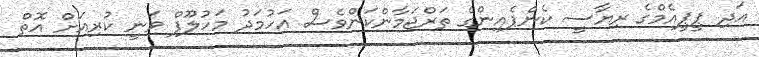
އަދި ޕީޕީއެމްގެ ރިޔާސީ ކެންޕެއިންގެ ތަރްޖަމާންކަންވެސް އަހުމަދު މަހުލޫފް ވަނީ ކުރިއަށް އޮތް